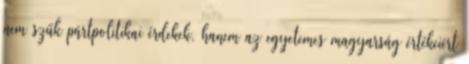
nem szűk pártpolitikai érdekek, hanem az egyetemes magyarság értékeiért